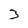
Character: 3